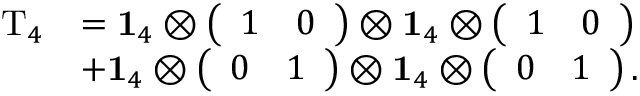
\begin{array} { r l } { \mathrm { T } _ { 4 } } & { = \mathbf { 1 } _ { 4 } \otimes \left( \begin{array} { l l } { 1 } & { 0 } \end{array} \right) \otimes \mathbf { 1 } _ { 4 } \otimes \left( \begin{array} { l l } { 1 } & { 0 } \end{array} \right) } \\ & { + \mathbf { 1 } _ { 4 } \otimes \left( \begin{array} { l l } { 0 } & { 1 } \end{array} \right) \otimes \mathbf { 1 } _ { 4 } \otimes \left( \begin{array} { l l } { 0 } & { 1 } \end{array} \right) . } \end{array}